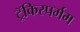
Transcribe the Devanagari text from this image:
ट्रॅकिस्पर्मम